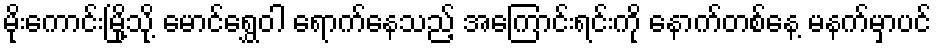
မိုးကောင်းမြို့သို့ မောင်ရွှေဝါ ရောက်နေသည့် အကြောင်းရင်းကို နောက်တစ်နေ့ မနက်မှာပင်